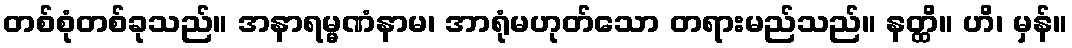
တစ်စုံတစ်ခုသည်။ အနာရမ္မဏံနာမ၊ အာရုံမဟုတ်သော တရားမည်သည်။ နတ္ထိ။ ဟိ၊ မှန်။